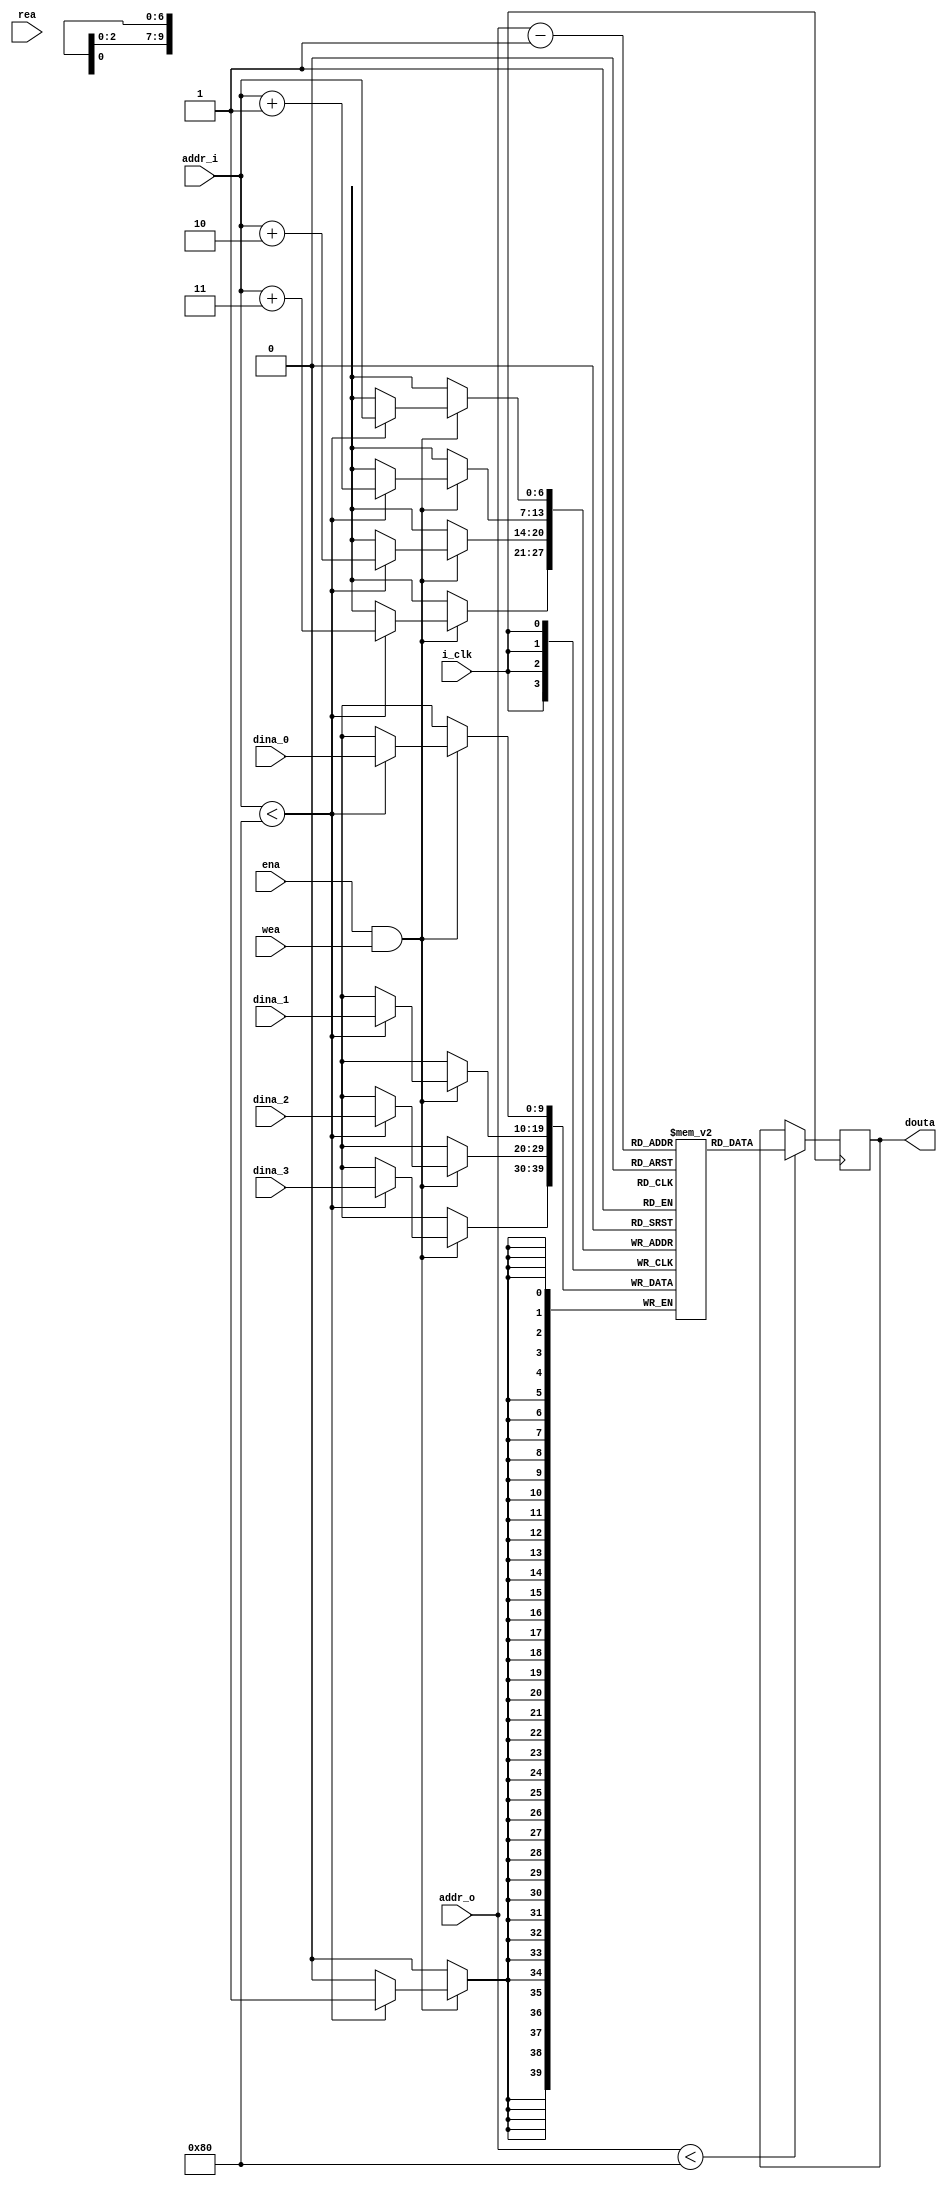
`timescale 1ns / 1ps
//////////////////////////////////////////////////////////////////////////////////
// Company: 
// Engineer: 
// 
// Design Name: 
// Module Name: sp_sram
// Project Name: 
// Target Devices: 
// Tool Versions: 
// Description: 
// 
// Dependencies: 
// 
// Revision:
// Revision 0.01 - File Created
// Additional Comments:
// 
//////////////////////////////////////////////////////////////////////////////////


module sp_sram 
# (
    parameter WIDTH  = 10,
    parameter DEPTH  = 128,
    parameter ADDRB  = $clog2(DEPTH)
)
(
    input                   i_clk,
    input                   ena,
    input                   wea,
    input                   rea,
    input       [ADDRB-1:0] addr_i,
    input       [ADDRB-1:0] addr_o,
    input       [WIDTH-1:0] dina_0,
    input       [WIDTH-1:0] dina_1,
    input       [WIDTH-1:0] dina_2,
    input       [WIDTH-1:0] dina_3,
    output reg  [WIDTH-1:0] douta
);


//===============================================================================
// REGISTER/WIRE
//===============================================================================
reg     [WIDTH-1:0] mem [DEPTH-1:0];

//===============================================================================
// MODULE BODY
//===============================================================================
always @ (posedge i_clk)
begin
//    if (ena & rea) 
    begin
        if (addr_o < DEPTH) begin
            douta <= mem[addr_o-1];
        end
    end
end

always @ (posedge i_clk)
begin
    if (ena & wea) begin
        if (addr_i < DEPTH) begin
            mem[addr_i]  <= dina_0;
            mem[addr_i+1]  <= dina_1;
            mem[addr_i+2]  <= dina_2;
            mem[addr_i+3]  <= dina_3;
        end
    end
end

endmodule